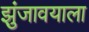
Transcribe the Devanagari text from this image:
झुंजावयाला